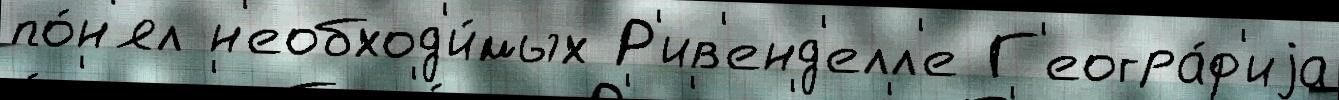
по́н'ял н'еобход'и́мых Р'ив'енд'елл'е Г'еогра́ф'иjа